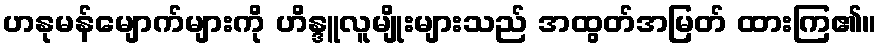
ဟနုမန်မျောက်များကို ဟိန္ဒူလူမျိုးများသည် အထွတ်အမြတ် ထားကြ၏။